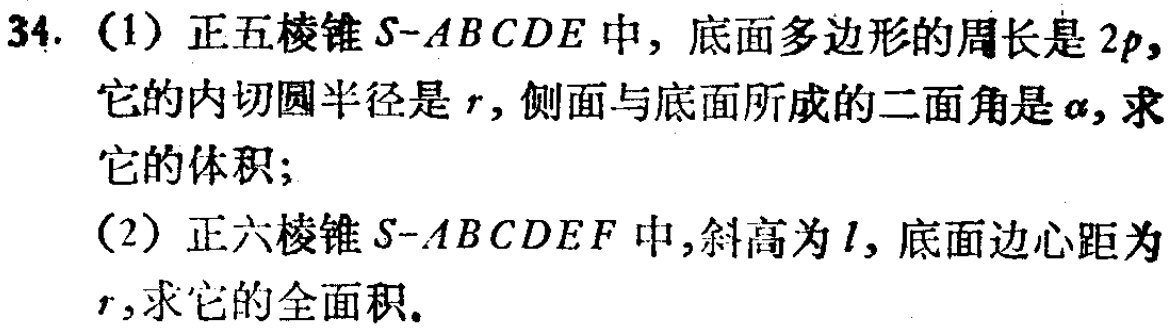
(1) 正五棱锥\(S - ABCDE\)中，底面多边形的周长是\(2p\)，它的内切圆半径是\(r\)，侧面与底面所成的二面角是\(\alpha\)，求它的体积；
(2) 正六棱锥\(S - ABCDEF\)中，斜高为\(l\)，底面边心距为\(r\)，求它的全面积。